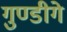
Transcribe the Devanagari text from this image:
गुण्डीगे